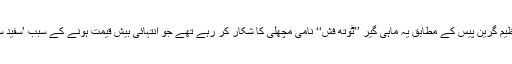
ماحول دوست تنظیم گرین پیس کے مطابق یہ ماہی گیر ’’ٹوتھ فش‘‘ نامی مچھلی کا شکار کر رہے تھے جو انتہائی بیش قیمت ہونے کے سبب ’سفید سونا‘ کہلاتی ہے۔